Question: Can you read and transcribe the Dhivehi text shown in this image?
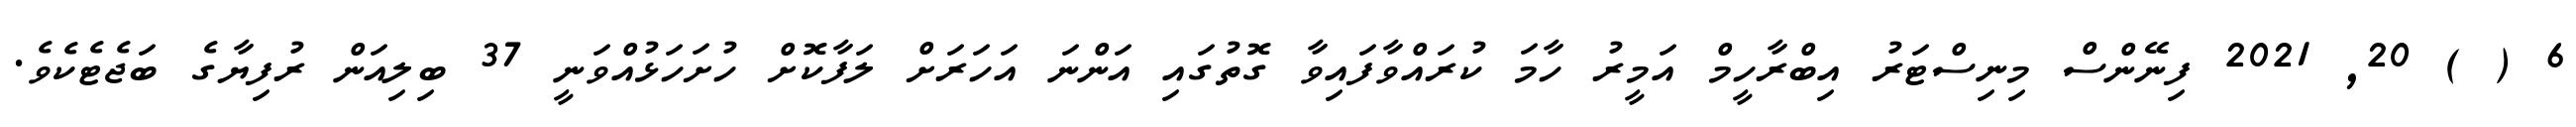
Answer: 6 ( ) 20, 2021 ފިނޭންސް މިނިސްޓަރު އިބްރާހީމް އަމީރު ހާމަ ކުރައްވާފައިވާ ގޮތުގައި އަންނަ އަހަރަށް ލަފާކޮށް ހުށަހަޅުއްވަނީ 37 ބިލިއަން ރުފިޔާގެ ބަޖެޓެކެވެ.